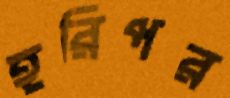
হরিপর